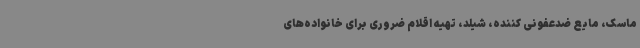
ماسک، مایع ضدعفونی کننده، شیلد، تهیه اقلام ضروری برای خانواده‌های